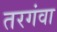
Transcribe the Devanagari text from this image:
तरगंवा